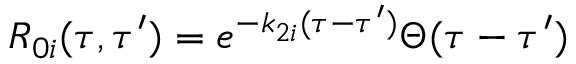
{ } R _ { 0 i } ( \tau , \tau ^ { \prime } ) = e ^ { - k _ { 2 i } ( \tau - \tau ^ { \prime } ) } \Theta ( \tau - \tau ^ { \prime } )